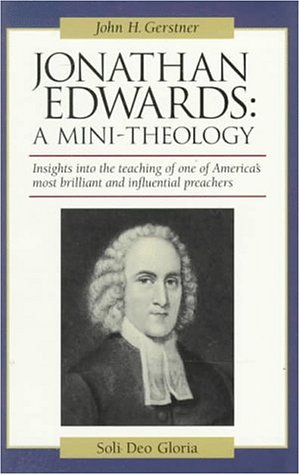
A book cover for Jonathan Edwards: A Mini-Theology (John Gerstner (1914-1996)); John H. Gerstner; Christian Books & Bibles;